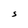
Character: S